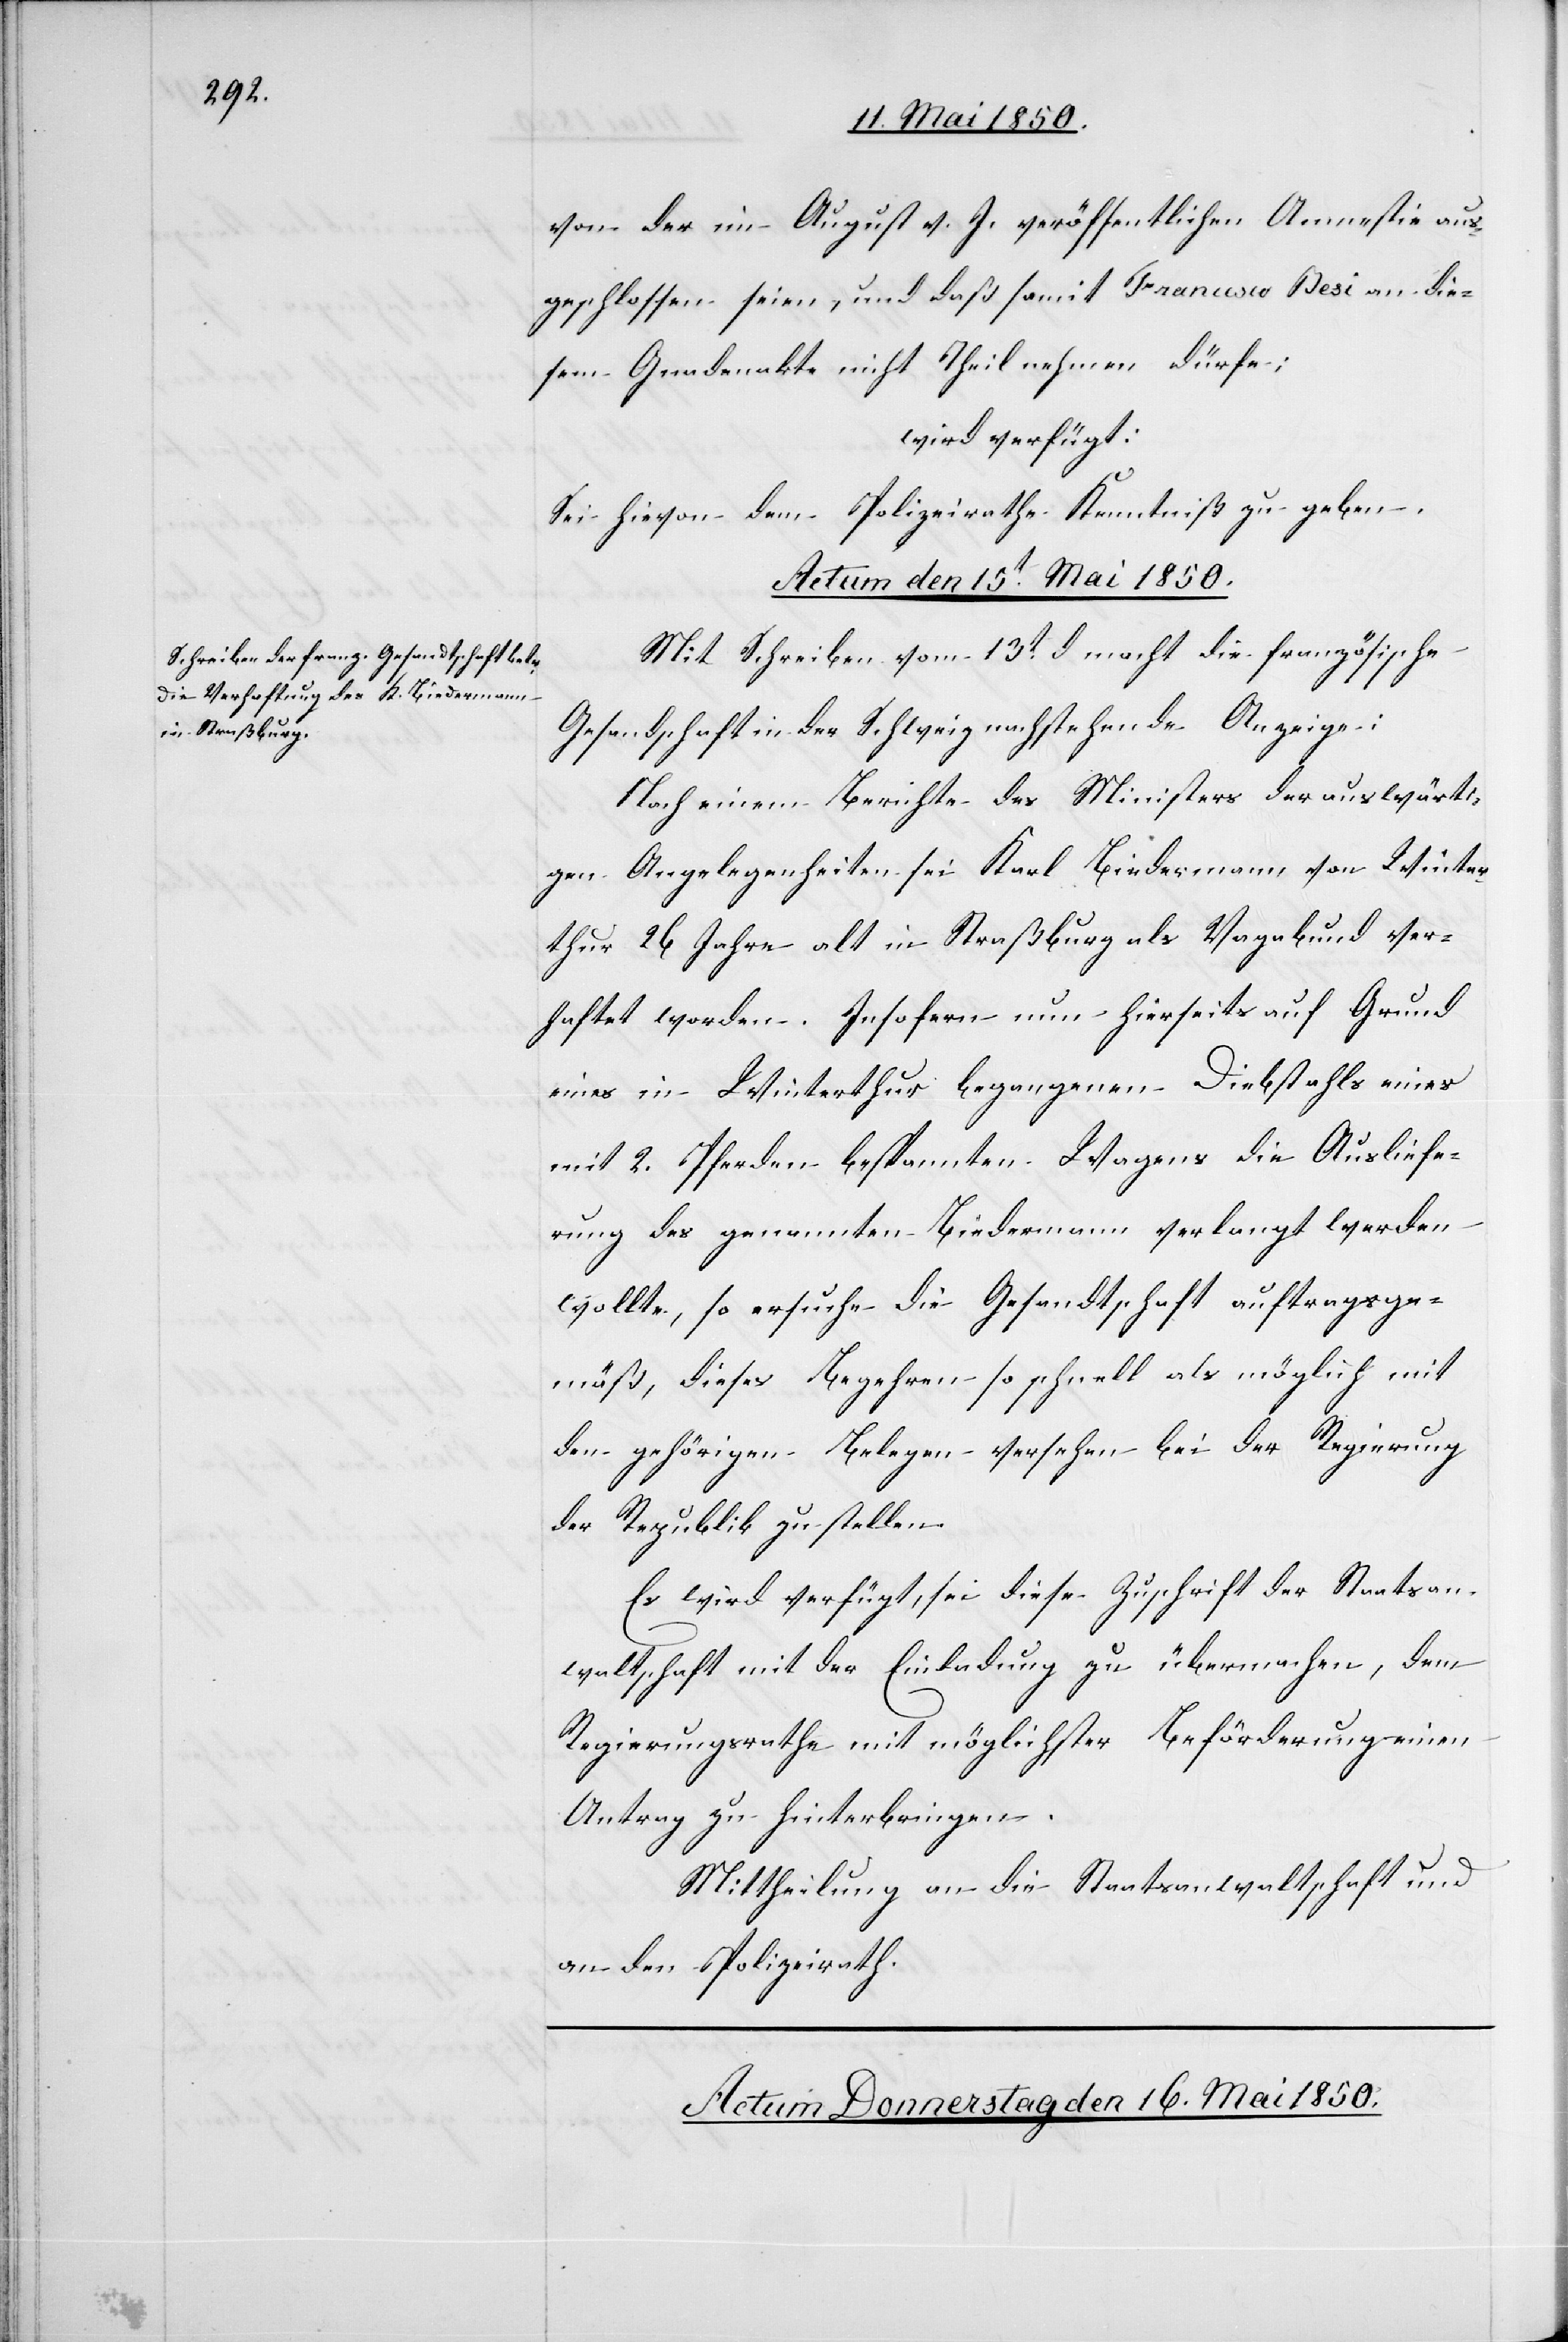
von der im August v. J. veröffentlich[t]en Amnestie aus¬
geschlossen seien, und daß somit Francesco Besi an die¬
sem Gnadenakte nicht Theilnehmen dürfe;
wird verfügt:
Sei hievon dem Polizeirathe Kenntniß zu geben.
Actum den 15t Mai 1850.
Mit Schreiben vom 13t d macht die französische
Gesandschaft in der Schweiz nachstehende Anzeige:
Nach einem Berichte des Ministers der auswärti¬
gen Angelegenheiten sei Karl Biedermann von Winter¬
thur 26 Jahre alt in Straßburg als Vagabund ver¬
haftet worden. Insofern nun hierseits auf Grund
eines in Winterthur begangenen Diebstahls eines
mit 2. Pferden bespannten Wagens die Ausliefe¬
rung des genannten Biedermann verlangt werden
wollte, so ersuche die Gesandtschaft auftragsge¬
mäß, dieses Begehren so schnell als möglich mit
den gehörigen Belegen versehen bei der Regierung
der Republik zu stellen.
Es wird verfügt, sei diese Zuschrift der Staatsan¬
waltschaft mit der Einladung zu übermachen, dem
Regierungsrathe mit möglichster Beförderung einen
Antrag zu hinterbringen.
Mittheilung an die Staatsanwaltschaft und
an den Polizeirath.